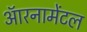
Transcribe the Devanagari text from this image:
ऑरनामेंटल